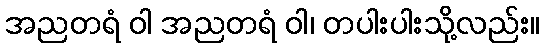
အညတရံ ဝါ အညတရံ ဝါ၊ တပါးပါးသို့လည်း။